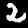
Label: 2